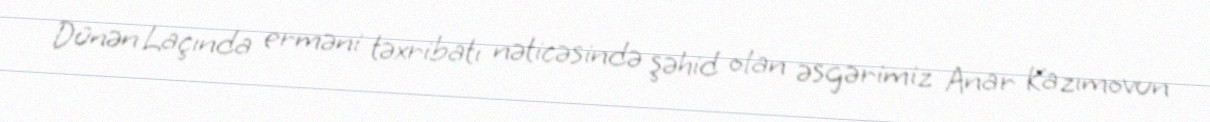
Dünən Laçında erməni təxribatı nəticəsində şəhid olan əsgərimiz Anar Kazımovun